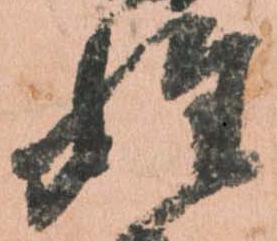
姓